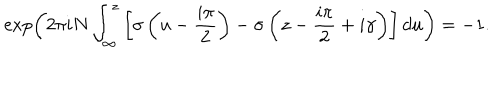
\exp \left( 2 \pi i N \int _ { \infty } ^ { z } \left[ \sigma \left( u - \frac { i \pi } { 2 } \right) - \sigma \left( z - \frac { i \pi } { 2 } + i \gamma \right) \right] d u \right) = - 1 .